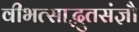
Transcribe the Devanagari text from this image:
वीभत्साद्भुतसंज्ञौ